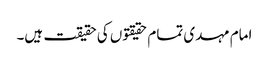
امام مہدی تمام حقیقتوں کی حقیقت ہیں۔